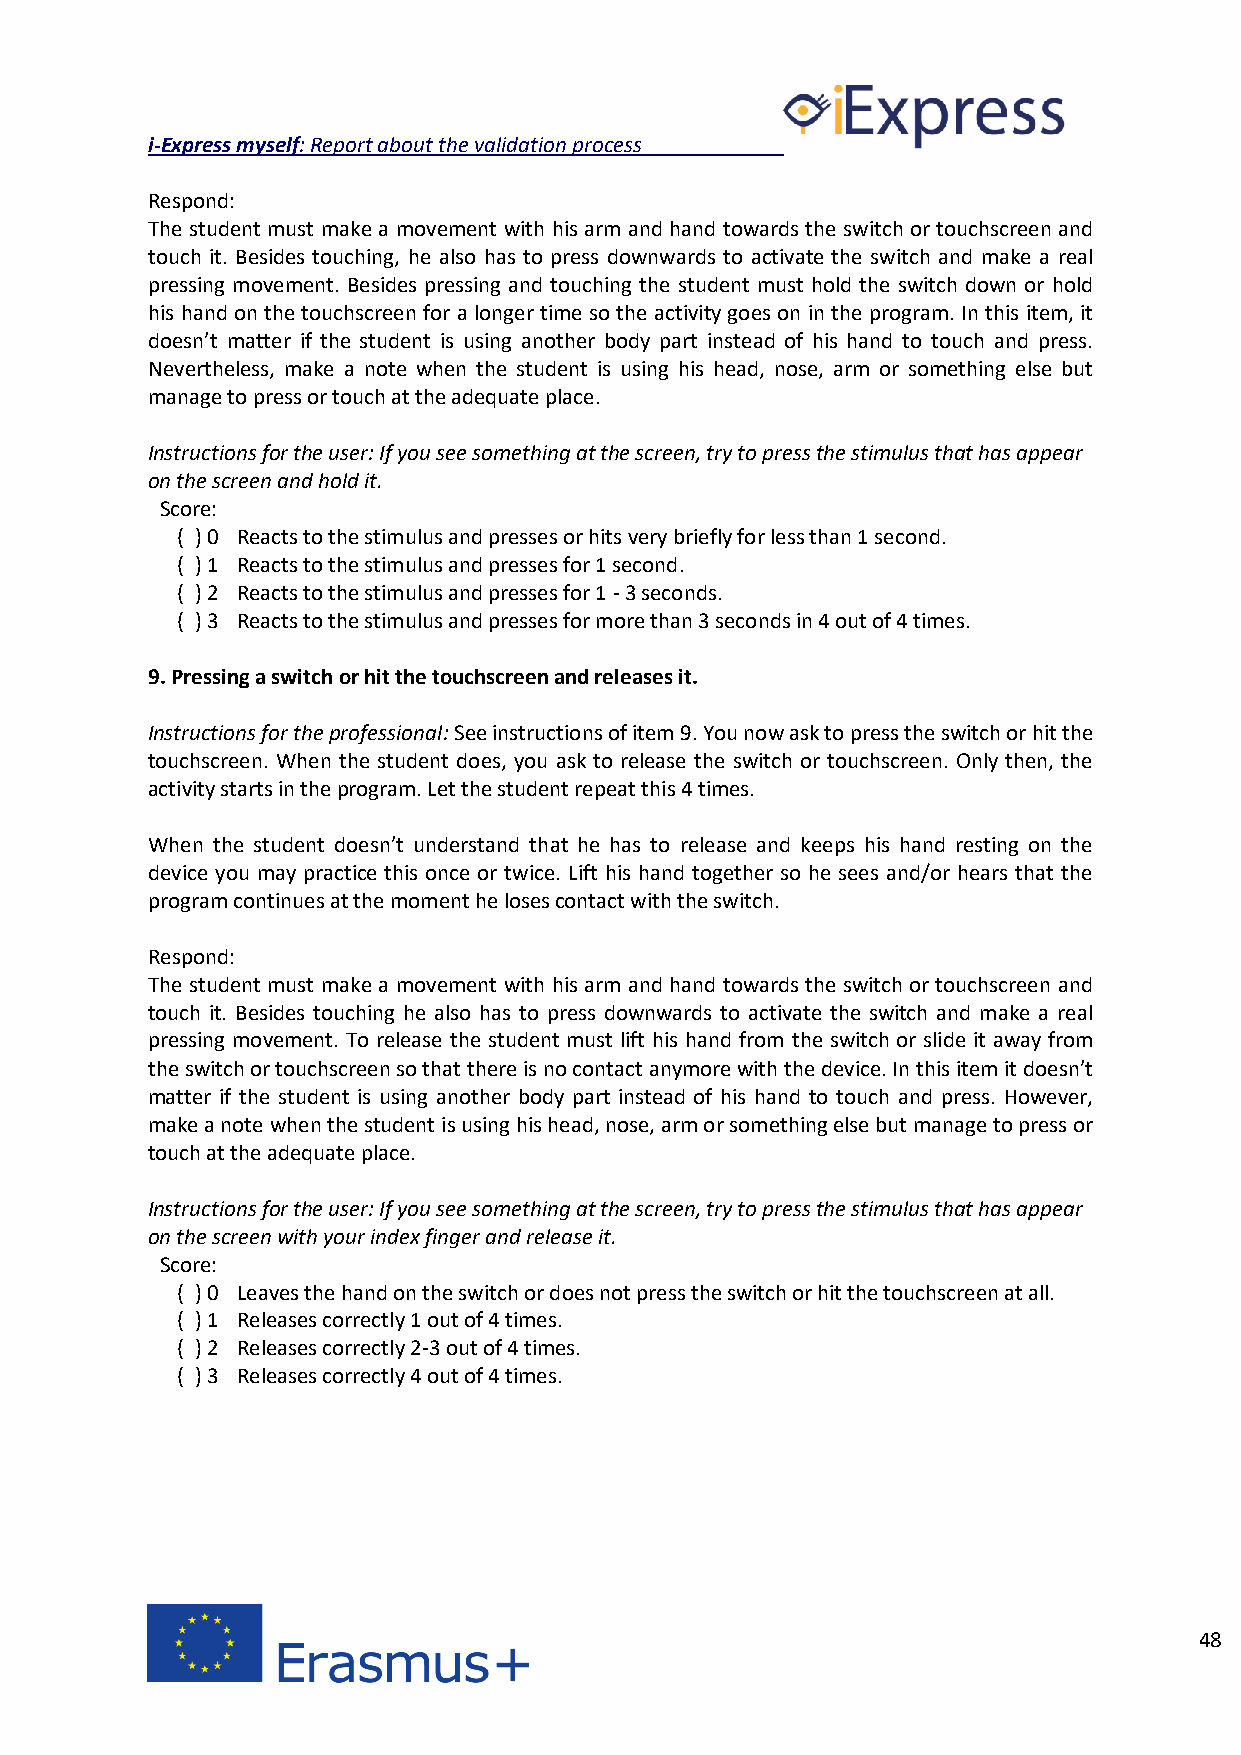
i-Express myself: Report about the validation process
 Respond:
 The student must make a movement with his arm and hand towards the switch or touchscreen and
 touch it. Besides touching, he also has to press downwards to activate the switch and make a real
 pressing movement. Besides pressing and touching the student must hold the switch down or hold
 his hand on the touchscreen for a longer time so the activity goes on in the program. In this item, it
 doesn’t matter if the student is using another body part instead of his hand to touch and press.
 Nevertheless, make a note when the student is using his head, nose, arm or something else but
 manage to press or touch at the adequate place.
 Instructions for the user: If you see something at the screen, try to press the stimulus that has appear
 on the screen and hold it.
 Score:
 ( ) 0 Reacts to the stimulus and presses or hits very briefly for less than 1 second.
 ( ) 1 Reacts to the stimulus and presses for 1 second.
 ( ) 2 Reacts to the stimulus and presses for 1 - 3 seconds.
 ( ) 3 Reacts to the stimulus and presses for more than 3 seconds in 4 out of 4 times.
 9. Pressing a switch or hit the touchscreen and releases it.
 Instructions for the professional: See instructions of item 9. You now ask to press the switch or hit the
 touchscreen. When the student does, you ask to release the switch or touchscreen. Only then, the
 activity starts in the program. Let the student repeat this 4 times.
 When the student doesn’t understand that he has to release and keeps his hand resting on the
 device you may practice this once or twice. Lift his hand together so he sees and/or hears that the
 program continues at the moment he loses contact with the switch.
 Respond:
 The student must make a movement with his arm and hand towards the switch or touchscreen and
 touch it. Besides touching he also has to press downwards to activate the switch and make a real
 pressing movement. To release the student must lift his hand from the switch or slide it away from
 the switch or touchscreen so that there is no contact anymore with the device. In this item it doesn’t
 matter if the student is using another body part instead of his hand to touch and press. However,
 make a note when the student is using his head, nose, arm or something else but manage to press or
 touch at the adequate place.
 Instructions for the user: If you see something at the screen, try to press the stimulus that has appear
 on the screen with your index finger and release it.
 Score:
 ( ) 0 Leaves the hand on the switch or does not press the switch or hit the touchscreen at all.
 ( ) 1 Releases correctly 1 out of 4 times.
 ( ) 2 Releases correctly 2-3 out of 4 times.
 ( ) 3 Releases correctly 4 out of 4 times.
 48